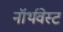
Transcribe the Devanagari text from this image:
नॉर्थवेस्‍ट